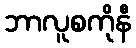
ဘာလူစကိုနီ